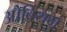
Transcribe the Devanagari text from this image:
ओब्रियन